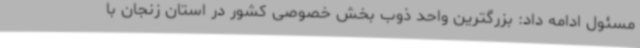
مسئول ادامه داد: بزرگترین واحد ذوب بخش خصوصی کشور در استان زنجان با